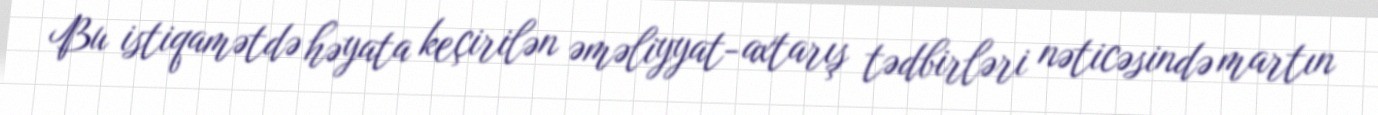
Bu istiqamətdə həyata keçirilən əməliyyat-axtarış tədbirləri nəticəsində martın